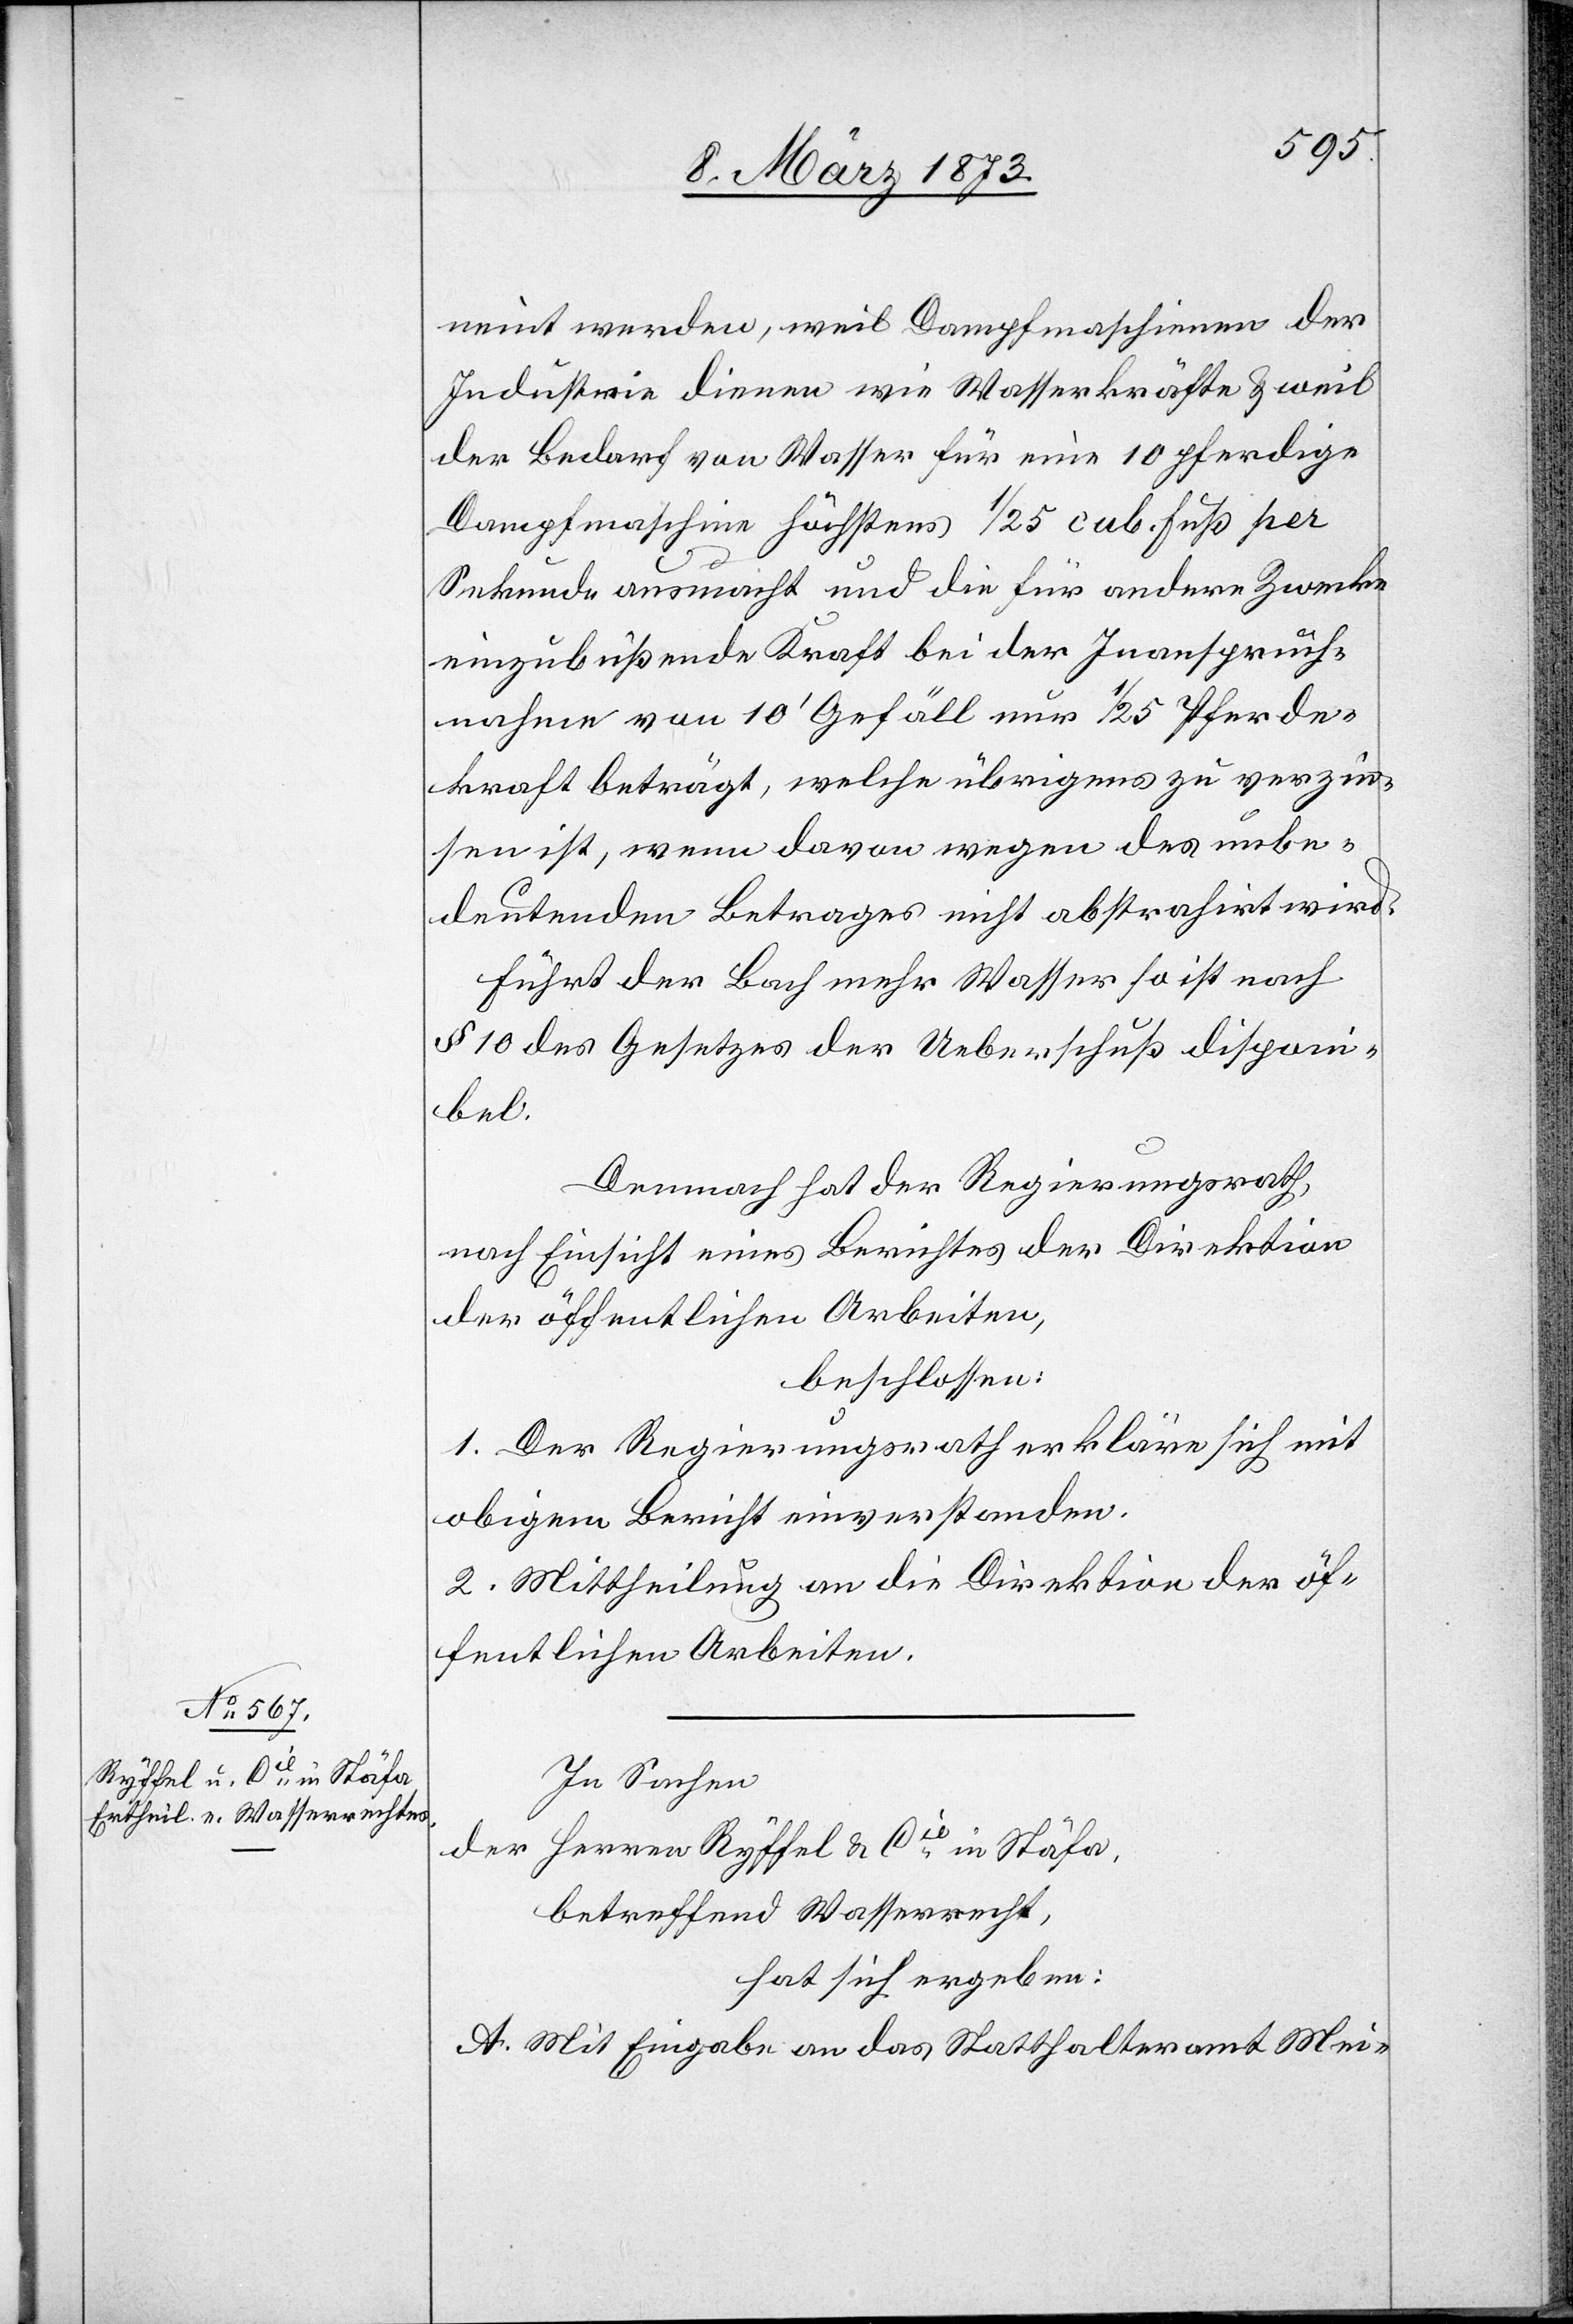
neint werden, weil Dampfmaschinen der
Industrie dienen wie Wasserkräfte u. weil
der Bedarf von Wasser für eine 10 pferdige
Dampfmaschine höchstens 1/25 cub. Fuß per
Sekunde ausmacht und die für andere Zwecke
einzubüßende Kraft bei der Inanspruch¬
nahme von 10’ Gefäll nur 1/25 Pferde¬
kraft beträgt, welche übrigens zu verzin¬
sen ist, wenn davon wegen des unbe¬
deutenden Betrages nicht abstrahirt wird.
Führt der Bach mehr Wasser[,] so ist nach
§ 10 des Gesetzes der Ueberschuß disponi¬
bel.
Demnach hat der Regierungsrath,
nach Einsicht eines Berichtes der Direktion
der öffentlichen Arbeiten,
beschlossen:
1. Der Regierungsrath erkläre sich mit
obigem Bericht einverstanden.
2. Mittheilung an die Direktion der öf¬
fentlichen Arbeiten.
In Sachen
der Herren Ryffel u. Cie in Stäfa,
betreffend Wasserrecht,
hat sich ergeben:
A. Mit Eingabe an das Statthalteramt Mei-